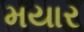
મયાર